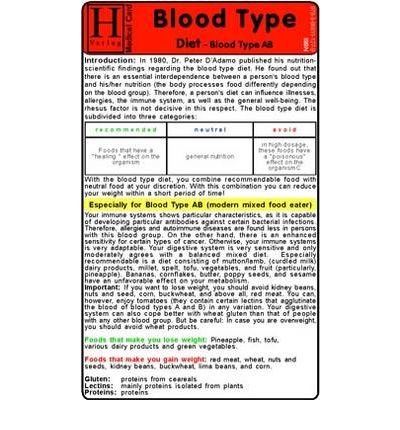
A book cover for Blood Type Diet - Blood Type AB - Medical Card (Cards) - Common; By (author) Verlag Hawelka; Health, Fitness & Dieting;